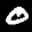
Label: 0